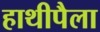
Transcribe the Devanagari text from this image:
हाथीपैला